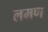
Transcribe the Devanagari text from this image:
लमण